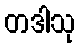
တဒါသု